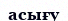
асығу